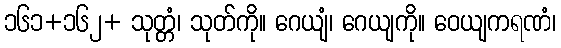
၁၆၁+၁၆၂+ သုတ္တံ၊ သုတ်ကို။ ဂေယျံ၊ ဂေယျကို။ ဝေယျကရဏံ၊